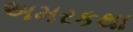
અમરકથા